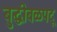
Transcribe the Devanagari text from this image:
बुद्धीबळपटू